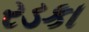
રડકા